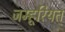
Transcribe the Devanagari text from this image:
जम्हूरियत्